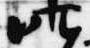
昨